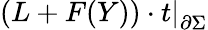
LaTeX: \displaystyle\left(L+F(Y))\cdot t\right|_{\partial\Sigma}